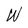
Character: W